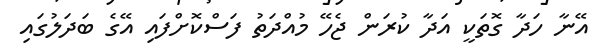
އޭނާ ހަދާ ގޮތަކީ އަދާ ކުރަން ޖެހޭ މުއްދަތު ފަސްކޮށްފައި އޭގެ ބަދަލުގައި